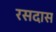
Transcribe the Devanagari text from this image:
रसदास